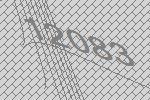
12083